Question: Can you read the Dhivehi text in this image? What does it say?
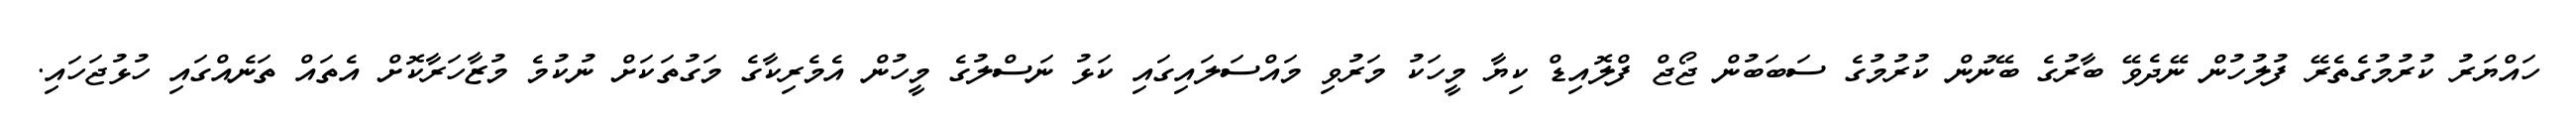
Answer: ހައްޔަރު ކުރުމުގެތެރޭ ފުލުހުން ނޭދެވޭ ބާރުގެ ބޭނުން ކުރުމުގެ ސަބަބުން ޖޯޖް ފްލޮއިޑް ކިޔާ މީހަކު މަރުވި މައްސަލައިގައި ކަޅު ނަސްލުގެ މީހުން އެމެރިކާގެ މަގުތަކަށް ނުކުމެ މުޒާހަރާކޮށް އެތައް ތަނެއްގައި ހުޅުޖަހައި.